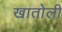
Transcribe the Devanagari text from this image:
खातोली